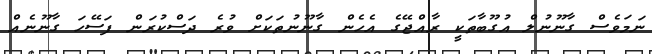
ނަމަވެސް ގާނޫނުލް އުގޫބާތަކީ ރާއްޖޭގެ އެހެން ގާނޫނުތަކަށް ވުރެ ދަސްކުރަން ފަސޭހަ ގާނޫނެއް